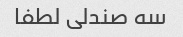
سه صندلی لطفا